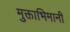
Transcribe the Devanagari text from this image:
मुक्ताभिमानी